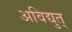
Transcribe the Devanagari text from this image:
अविद्युत्